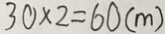
3 0 \times 2 = 6 0 ( m )